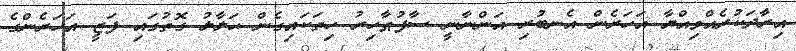
އިރާދަކުރެއްވިއްޔާ އަހަރެން އެނބުރި އަންނާނީ ސާފުޠާހިރު ހިތަކައިގެން ޙަލާލު ގޮތުގައި ފަޒީ އަހަރެންގެ